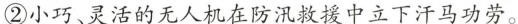
②小巧、灵活的无人机在防汛救援中立下汗马功劳。